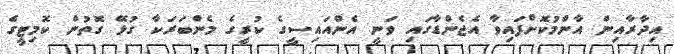
އިދާރާއިން އާންމުކޮށްފައިވާ އެޖެންޑާގައި ވަނީ އެންއައިސީގެ ކުރީގެ މެންބަރަކާ ގުޅޭ ގޮތުން ކޮމިޓީގެ